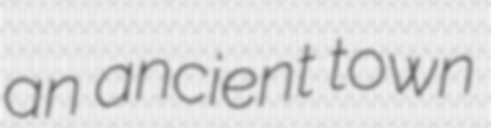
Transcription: an ancient town